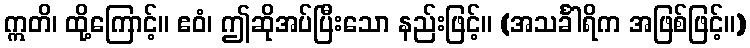
ဣတိ၊ ထို့ကြောင့်။ ဧဝံ၊ ဤဆိုအပ်ပြီးသော နည်းဖြင့်။ (အသင်္ခါရိက အဖြစ်ဖြင့်။)